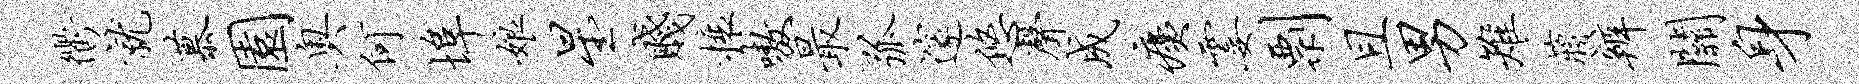
衢就慕园奥何埠娘星贱榱嗷最弧邃悠声成痍霎剽且男雉蒋辨关身